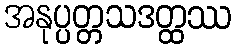
အနုပ္ပတ္တသဒတ္ထဿ